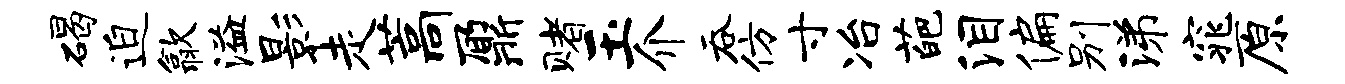
碣迫歙溢影走藁鼐赌玉介吞仿寸冶葩泪偏别涕窕原